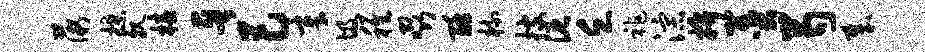
薇揲亲椿晋巴章圾稚啜酥梳搜泥乏祚淙拚羹芍哉